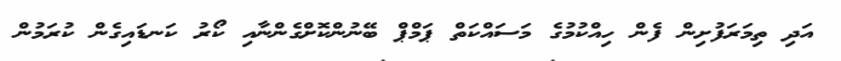
އަދި ތިމަރަފުށިން ފެން ހިއްކުމުގެ މަސައްކަތް ޕަމްޕް ބޭނުންކޮށްގެންނާއި ކޯރު ކަނޑައިގެން ކުރަމުން